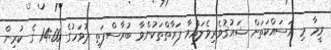
ވީމާ މި މަސައްކަތަށް ޝައުޤުވެރިވެލައްވާ ފަރާތްތަކުންވާ ބުރާސްފަތި ދުވަހުގެ 14:00 ގެ ކުރިން